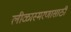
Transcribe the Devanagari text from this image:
लीळास्मरणासाठी